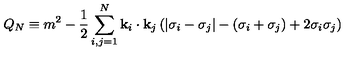
Q _ { N } \equiv m ^ { 2 } - { \frac { 1 } { 2 } } \sum _ { i , j = 1 } ^ { N } { \bf k } _ { i } \cdot { \bf k } _ { j } \left( | \sigma _ { i } - \sigma _ { j } | - ( \sigma _ { i } + \sigma _ { j } ) + 2 \sigma _ { i } \sigma _ { j } \right)